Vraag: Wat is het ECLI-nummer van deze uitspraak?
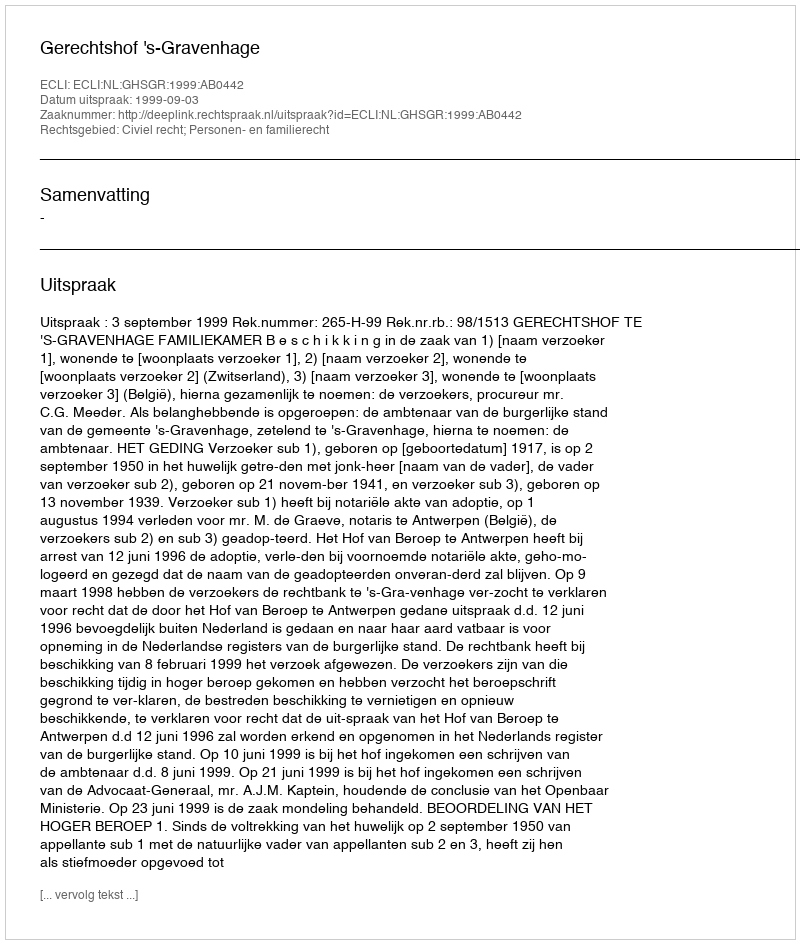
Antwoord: ECLI:NL:GHSGR:1999:AB0442